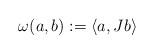
LaTeX: \begin{align*}\omega(a,b):=\langle a,Jb\rangle\end{align*}